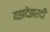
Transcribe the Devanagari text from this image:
यझदेझरदी